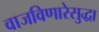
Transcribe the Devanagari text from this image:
वाजविणारेसुद्धा